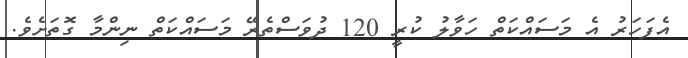
އެފަހަރު އެ މަސައްކަތް ހަވާލު ކުރީ 120 ދުވަސްތެރޭ މަސައްކަތް ނިންމާ ގޮތަށެވެ.